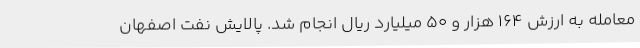
معامله به ارزش 164 هزار و 50 میلیارد ریال انجام شد. پالایش نفت اصفهان